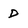
Character: D